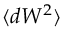
\langle d W ^ { 2 } \rangle